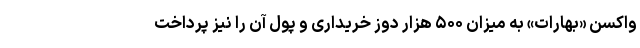
واکسن «بهارات» به میزان ۵۰۰ هزار دوز خریداری و پول آن را نیز پرداخت